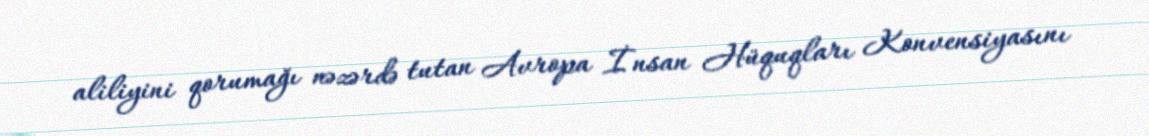
aliliyini qorumağı nəzərdə tutan Avropa İnsan Hüquqları Konvensiyasını